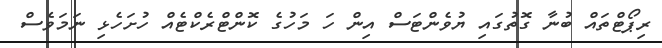
ރިޕޯޓްތައް ބުނާ ގޮތުގައި ޔުވެންޓަސް އިން ހަ މަހުގެ ކޮންޓްރެކްޓެއް ހުށަހެޅި ނަމަވެސް